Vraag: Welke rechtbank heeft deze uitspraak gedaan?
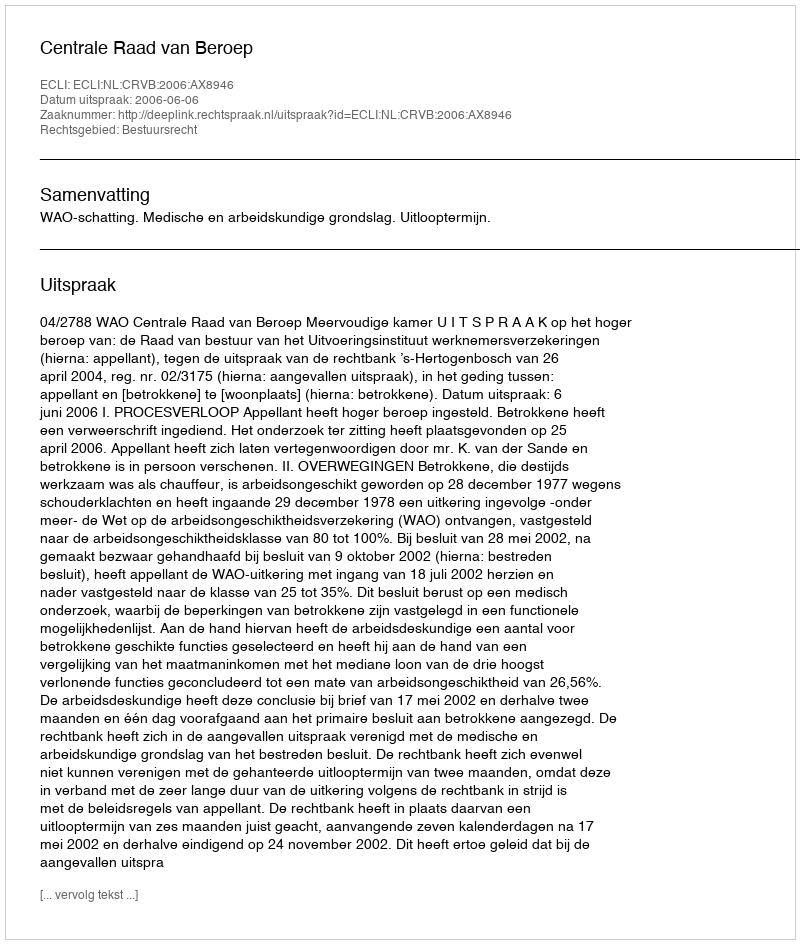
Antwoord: Centrale Raad van Beroep